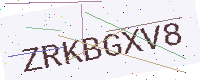
Text: ZRKBGXV8